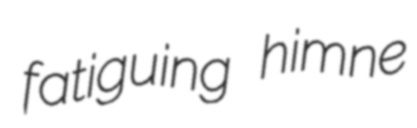
fatiguing himne